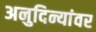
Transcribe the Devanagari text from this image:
अनुदिन्यांवर